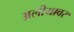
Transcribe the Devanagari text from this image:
अलीयावर